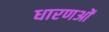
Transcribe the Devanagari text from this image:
धारणओं